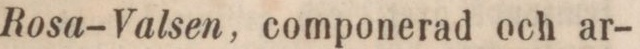
Rosa-Valsen, componerad och ar-